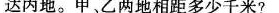
达丙地。甲乙两地相距多少千米?